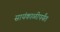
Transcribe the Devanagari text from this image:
सायंकाळीपर्यंत